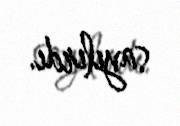
sayılırdı.